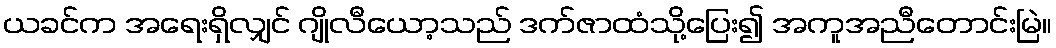
ယခင်က အရေးရှိလျှင် ဂျိုလီယော့သည် ဒက်ဇာထံသို့ပြေး၍ အကူအညီတောင်းမြဲ။